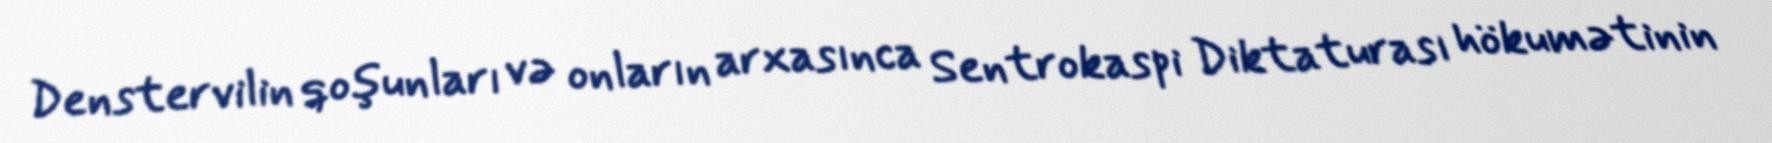
Denstervilin qoşunları və onların arxasınca Sentrokaspi Diktaturası hökumətinin